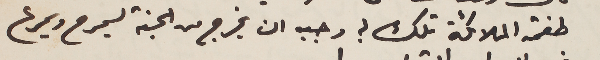
طغمة الملائكة تلك؟ وجب ان يخرج من الجنة ليسرح ويمرح